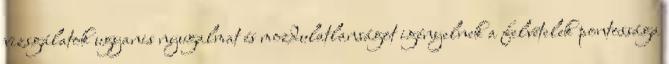
vizsgálatok ugyanis nyugalmat és mozdulatlanságot igényelnek a felvételek pontossága